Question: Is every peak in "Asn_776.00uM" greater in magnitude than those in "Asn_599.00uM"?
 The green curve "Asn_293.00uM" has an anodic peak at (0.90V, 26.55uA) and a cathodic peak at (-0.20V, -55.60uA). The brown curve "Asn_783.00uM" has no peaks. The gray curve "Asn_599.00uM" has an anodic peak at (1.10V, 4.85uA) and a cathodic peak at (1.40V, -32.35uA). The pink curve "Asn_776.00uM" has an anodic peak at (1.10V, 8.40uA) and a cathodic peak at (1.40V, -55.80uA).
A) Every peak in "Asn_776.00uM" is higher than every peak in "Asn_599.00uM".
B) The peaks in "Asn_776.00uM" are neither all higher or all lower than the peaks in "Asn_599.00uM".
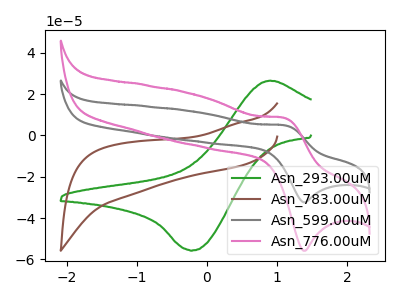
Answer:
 <answer>A) Every peak in "Asn_776.00uM" is higher than every peak in "Asn_599.00uM".</answer>
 <eval>A</eval>